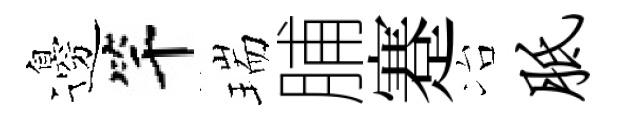
邊竿瑞脯蹇冶胝